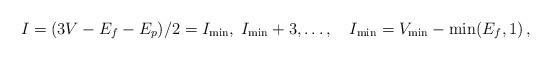
LaTeX: \begin{align*}I = (3V - E_f - E_p)/2 = I_{{\rm min}}, \; I_{{\rm min}} + 3, \ldots, \quad I_{{\rm min}} = V_{{\rm min}} - \min (E_f, 1) \,, \end{align*}